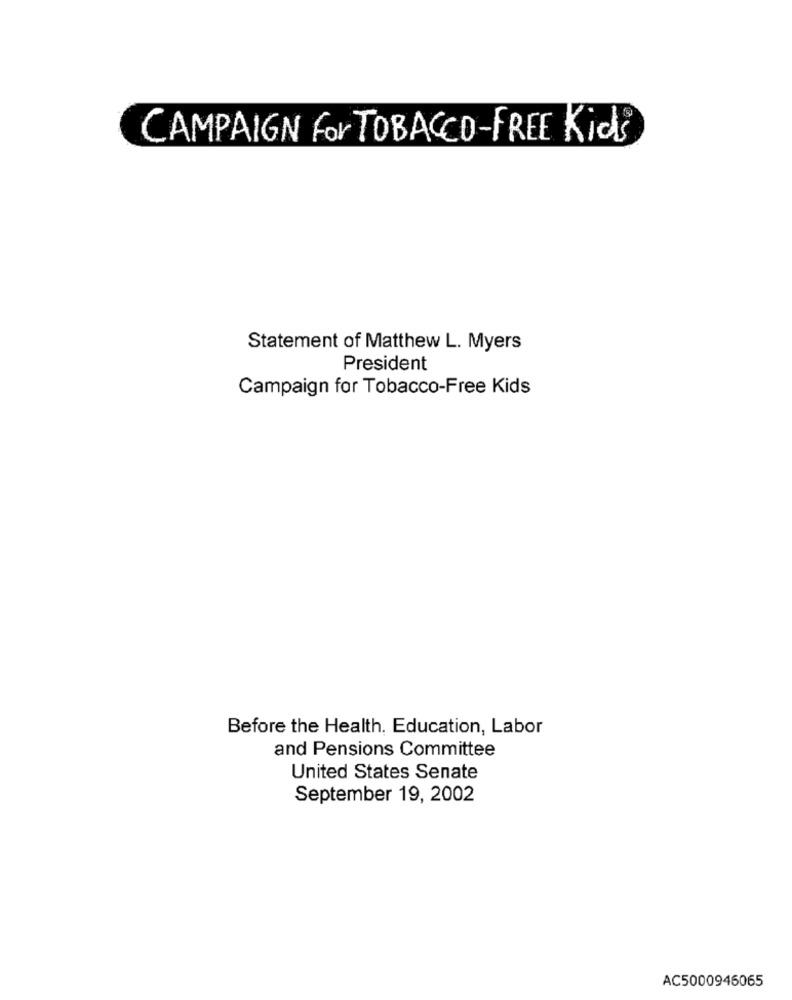
CAMPAIGN For TOBACCO-FREE Kids
Statement of Matthew L. Myers
President
Campaign for Tobacco-Free Kids
Before the Health. Education, Labor
and Pensions Committee
United States Senate
September 19, 2002
AC5000946065